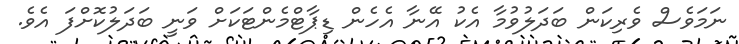
ނަމަވެސް ވެރިކަން ބަދަލުވުމާ އެކު އޭނާ އެހެން ޑިޕާޓްމެންޓަކަށް ވަނީ ބަދަލުކޮށްފަ އެވެ.